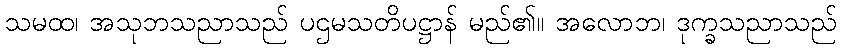
သမထ၊ အသုဘသညာသည် ပဌမသတိပဋ္ဌာန် မည်၏။ အလောဘ၊ ဒုက္ခသညာသည်